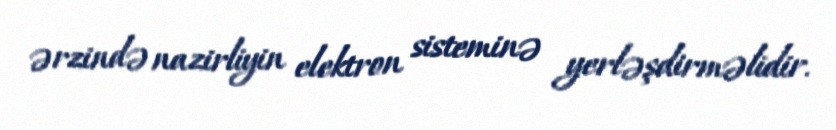
ərzində nazirliyin elektron sisteminə yerləşdirməlidir.